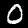
Label: 0